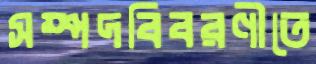
সম্পদবিবরণীতে